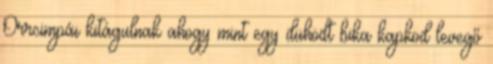
Orrcimpái kitágulnak ahogy mint egy dühödt bika kapkod levegő